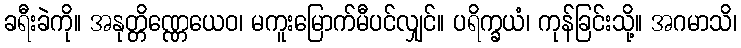
ခရီးခဲကို။ အနုတ္တိဏ္ဏေယေဝ၊ မကူးမြောက်မီပင်လျှင်။ ပရိက္ခယံ၊ ကုန်ခြင်းသို့။ အဂမာသိ၊